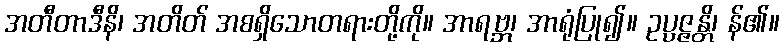
အတီတာဒီနိ၊ အတိတ် အစရှိသောတရားတို့ကို။ အာရဗ္ဘ၊ အာရုံပြု၍။ ဥပ္ပဇ္ဇန္တိ၊ န်၏။